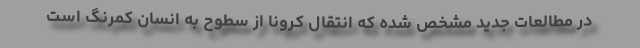
در مطالعات جدید مشخص شده که انتقال کرونا از سطوح به انسان کمرنگ است